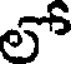
లో